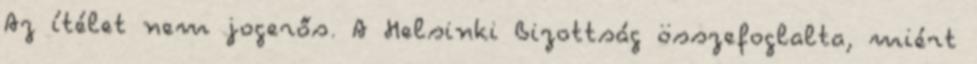
Az ítélet nem jogerős. A Helsinki Bizottság összefoglalta, miért